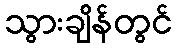
သွားချိန်တွင်